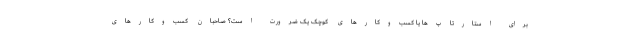
برای استارتاپ‌ها یا کسب‌وکارهای کوچک یک ضرورت است؟ صاحبان کسب‌وکارهای